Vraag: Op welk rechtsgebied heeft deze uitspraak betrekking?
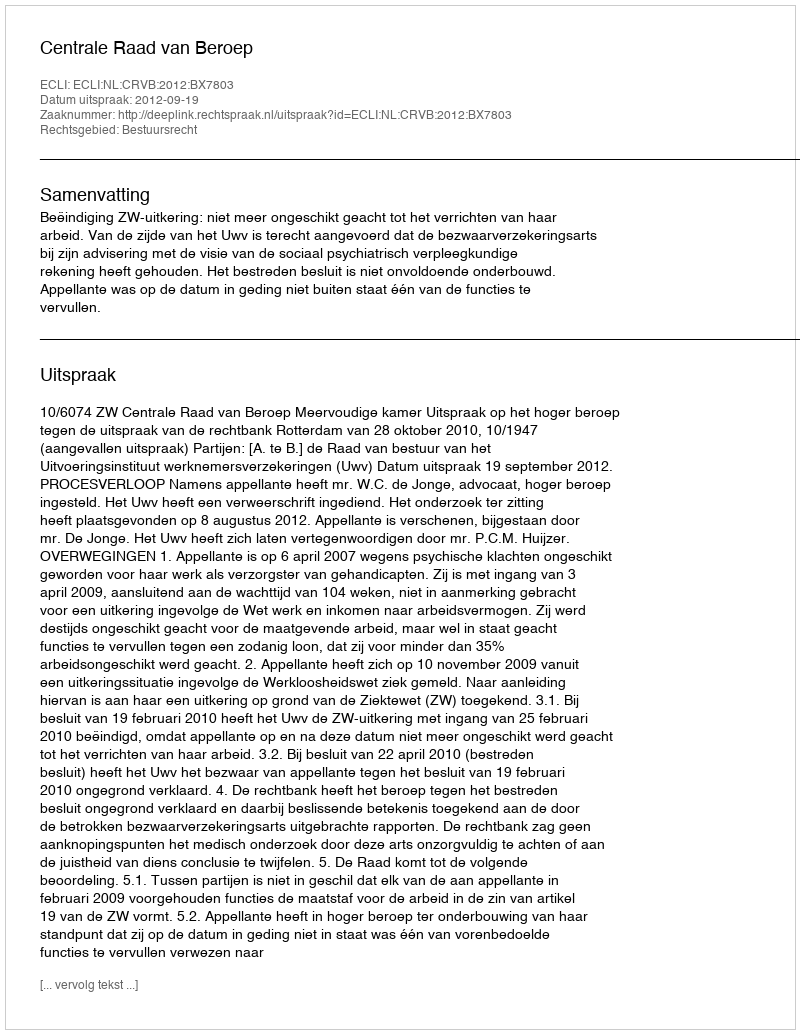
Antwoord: Bestuursrecht